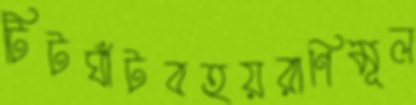
টিটঘাঁটবহয়রাণিমূল